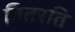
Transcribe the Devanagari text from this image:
वितरति